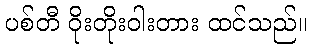
ပစ်တီ ဝိုးတိုးဝါးတား ထင်သည်။